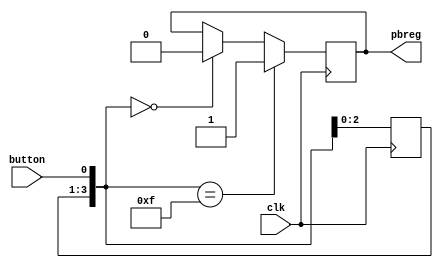
`timescale 1ns / 1ps
//////////////////////////////////////////////////////////////////////////////////
// Company: 
// Engineer: 
// 
// Design Name: 
// Module Name:    pbdebounce 
// Project Name: 
// Target Devices: 
// Tool versions: 
// Description: 
//
// Dependencies: 
//
// Revision: 
// Revision 0.01 - File Created
// Additional Comments: 
//
//////////////////////////////////////////////////////////////////////////////////
// Basys Board and Spartan-3E Starter Boards
// Push Button Debounce pbdebounce.v

module pbdebounce(input clk, input button, output reg pbreg); 

reg [3:0] pbshift;
	
always@(posedge clk)
	begin
		pbshift=pbshift<<1;
		pbshift[0]=button;
	if (pbshift==0)
		pbreg=0;
	if (pbshift==15)
		pbreg=1;			
	end

endmodule